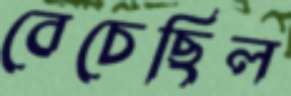
বেচেছিল